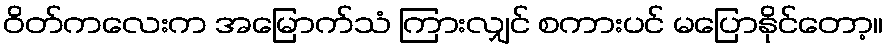
ဝိတ်ကလေးက အမြောက်သံ ကြားလျှင် စကားပင် မပြောနိုင်တော့။